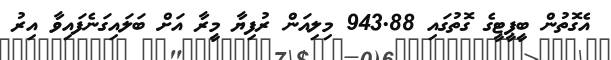
އެގޮތުން ބީޕީޓީގެ ގޮތުގައި 943.88 މިލިއަން ރުފިޔާ މީރާ އަށް ބަލައިގަނެފައިވާ އިރު